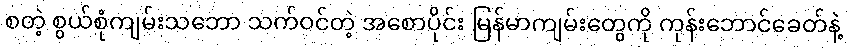
စတဲ့ စွယ်စုံကျမ်းသဘော သက်ဝင်တဲ့ အစောပိုင်း မြန်မာကျမ်းတွေကို ကုန်းဘောင်ခေတ်နဲ့